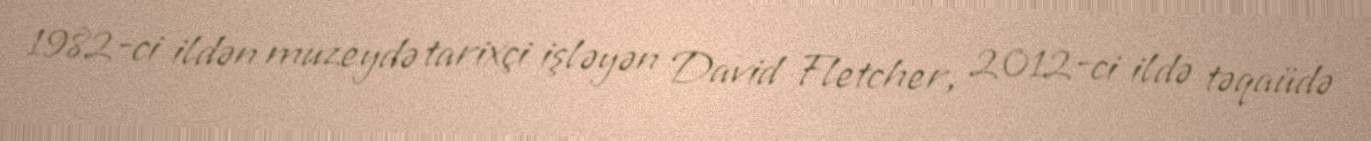
1982-ci ildən muzeydə tarixçi işləyən David Fletcher, 2012-ci ildə təqaüdə